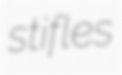
stifles